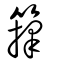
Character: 籜